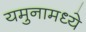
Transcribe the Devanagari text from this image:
यमुनामध्ये